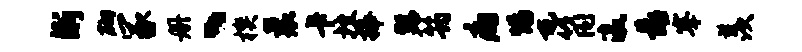
渐砌冢册丶楔曩卡挫捧瑟筠痛惕屯筒瀛靠搴羡